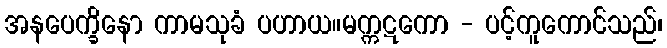
အနပေက္ခိနော ကာမသုခံ ပဟာယ။မက္ကဋကော - ပင့်ကူကောင်သည်၊